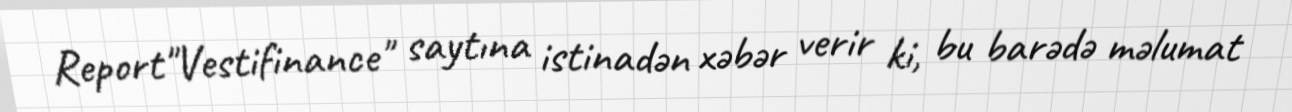
Report"Vestifinance" saytına istinadən xəbər verir ki, bu barədə məlumat